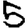
Digit: 5